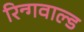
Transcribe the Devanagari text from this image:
रिन्गवाल्ड